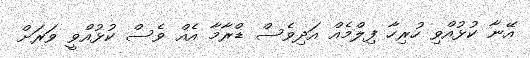
އޭނާ ކުޅުއްވި ހުރިހާ ފިލްމެއް އަދިވެސް ޑްރާމާ އެއް ވެސް ކުޅުއްވީ ވަރަށް